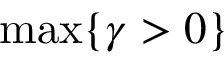
\operatorname* { m a x } \{ \gamma > 0 \}